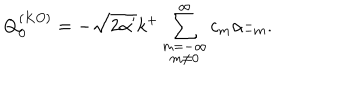
LaTeX: Q _ { 0 } ^ { ( K O ) } = - \sqrt { 2 \alpha ^ { \prime } } k ^ { + } \sum _ { \stackrel { \scriptstyle m = - \infty } { m \neq 0 } } ^ { \infty } c _ { m } \alpha _ { - m } ^ { - } .